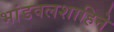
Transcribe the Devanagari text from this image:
भांडवलशाहिने